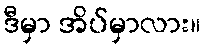
ဒီမှာ အိပ်မှာလား။